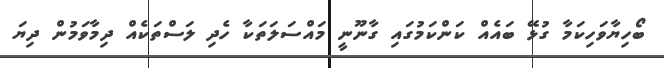
ބޯހިޔާވަހިކަމާ ގުޅޭ ބައެއް ކަންކަމުގައި ގާނޫނީ މައްސަލަތަކާ ހެދި ލަސްތަކެއް ދިމާވަމުން ދިޔަ